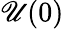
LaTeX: \mathscr{U}(0)